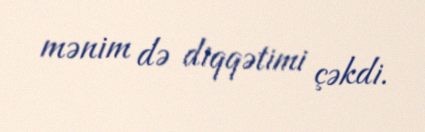
mənim də diqqətimi çəkdi.